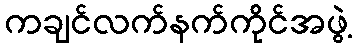
ကချင်လက်နက်ကိုင်အဖွဲ့